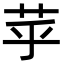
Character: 苸